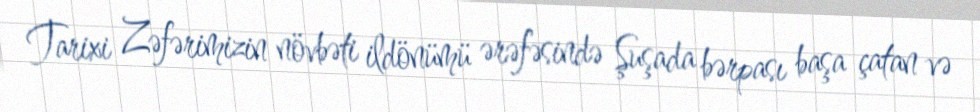
Tarixi Zəfərimizin növbəti ildönümü ərəfəsində Şuşada bərpası başa çatan və